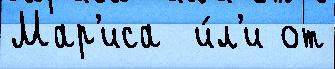
Мар'иса  и́л'и от